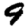
Digit: 9